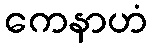
ကေနာဟံ